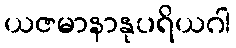
ယဇမာနာနုပရိယဂါ